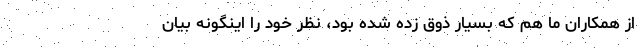
از همکاران ما هم که بسیار ذوق زده شده بود، نظر خود را اینگونه بیان